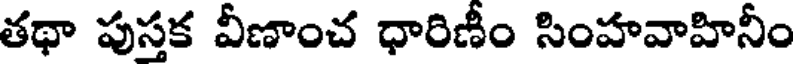
తథా పుస్తక వీణాంచ ధారిణీం సింహవాహినీం